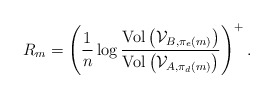
\begin{align*}R_{m}=\left(\frac{1}{n}\log\frac{\textrm{Vol}\left(\mathcal{V}_{B,\pi_{e}\left(m\right)}\right)}{\textrm{Vol}\left(\mathcal{V}_{A,\pi_{d}\left(m\right)}\right)}\right)^{+}.\end{align*}